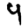
Digit: 9